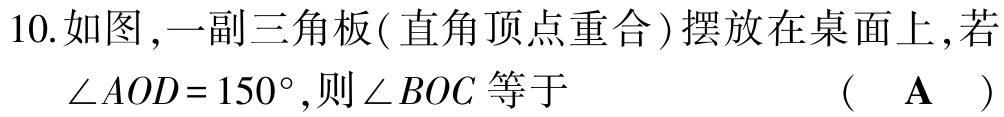
10.如图,一副三角板(直角顶点重合)摆放在桌面上,若$\angle AOD = 150^{\circ}$,则$\angle BOC$等于 （ A ）